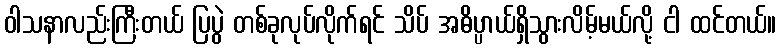
ဝါသနာလည်းကြီးတယ် ပြပွဲ တစ်ခုလုပ်လိုက်ရင် သိပ် အဓိပ္ပာယ်ရှိသွားလိမ့်မယ်လို့ ငါ ထင်တယ်။